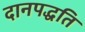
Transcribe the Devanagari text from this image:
दानपद्धति